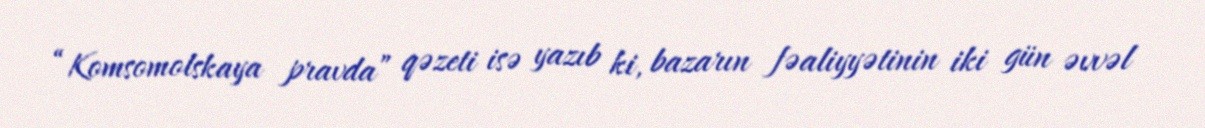
“Komsomolskaya pravda” qəzeti isə yazıb ki, bazarın fəaliyyətinin iki gün əvvəl